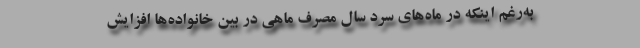
به‌رغم اینکه در ماه‌های سرد سال مصرف ماهی در بین خانواده‌ها افزایش